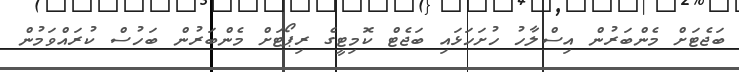
ބަޖެޓަށް މެންބަރުން އިސްލާހު ހުށަހަޅައި ބަޖެޓް ކޮމިޓީގެ ރިޕޯޓަށް މެންބަރުން ބަހުސް ކުރައްވަމުން